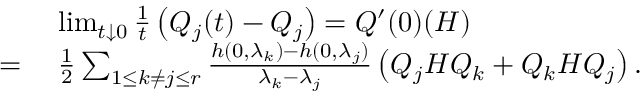
\begin{array} { r l } & { \; \operatorname* { l i m } _ { t \downarrow 0 } \frac { 1 } { t } \left( Q _ { j } ( t ) - Q _ { j } \right) = Q ^ { \prime } ( 0 ) ( H ) } \\ { = } & { \; \frac { 1 } { 2 } \sum _ { 1 \leq k \neq j \leq r } \frac { h ( 0 , \lambda _ { k } ) - h ( 0 , \lambda _ { j } ) } { \lambda _ { k } - \lambda _ { j } } \left( Q _ { j } H Q _ { k } + Q _ { k } H Q _ { j } \right) . } \end{array}